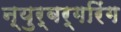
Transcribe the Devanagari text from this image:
न्युर्बर्गरिंग